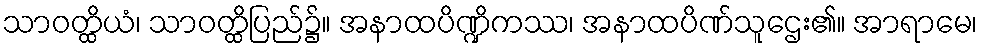
သာဝတ္ထိယံ၊ သာဝတ္ထိပြည်၌။ အနာထပိဏ္ဍိကဿ၊ အနာထပိဏ်သူဌေး၏။ အာရာမေ၊